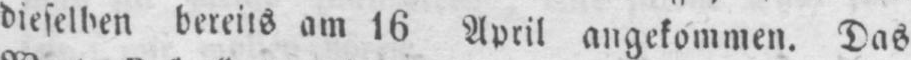
dieselben bereits am 16 April angekommen. Das